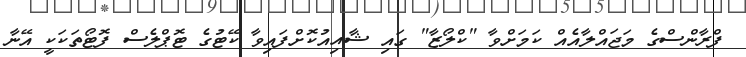
ފްރާންސްގެ މަޖައްލާއެއް ކަމަށްވާ "ކްލޯޒާ" ގައި ޝާއިއުކޮށްފައިވާ ކޭޓުގެ ޓޮޕްލެސް ފޮޓޯތަކަކީ އޭނާ